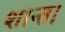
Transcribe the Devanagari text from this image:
शान्त।